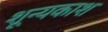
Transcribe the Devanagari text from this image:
शून्यकाश